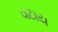
વટાય